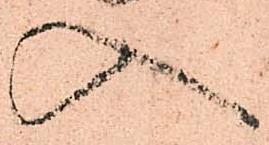
入